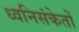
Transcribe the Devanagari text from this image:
ध्वनिसंकेतों